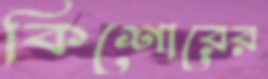
কিশোরের